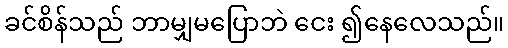
ခင်စိန်သည် ဘာမျှမပြောဘဲ ငေး ၍နေလေသည်။